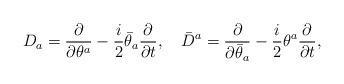
LaTeX: \begin{align*}D_a = \frac{\partial}{\partial \theta^a}- \frac{i}{2} \bar \theta_a\frac{\partial}{\partial t} ,\quad\bar D^a = \frac{\partial}{\partial \bar \theta_a}- \frac{i}{2} \theta^a\frac{\partial}{\partial t} ,\end{align*}